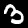
Digit: 3